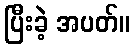
ပြီးခဲ့ အပတ်။